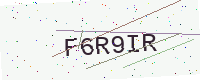
Text: F6R9IR